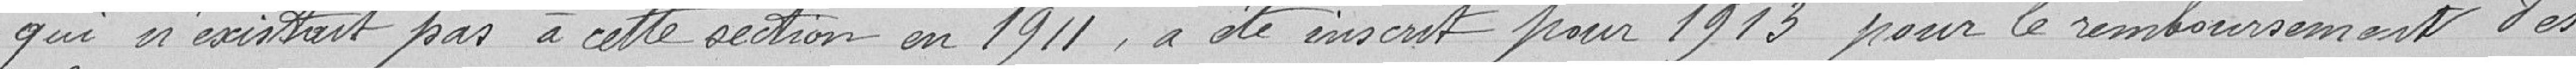
qui n'existait pas à cette section en 1911, a été inscrit pour 1913 pour le remboursement des